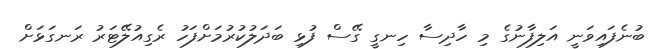
ބުނެފައިވަނީ އަލިފާނުގެ މި ހާދިސާ ހިނގީ ގޭސް ފުޅި ބަދަލުކުރުމަށްފަހު ރެގިއުލޭޓަރު ރަނގަޅަށް